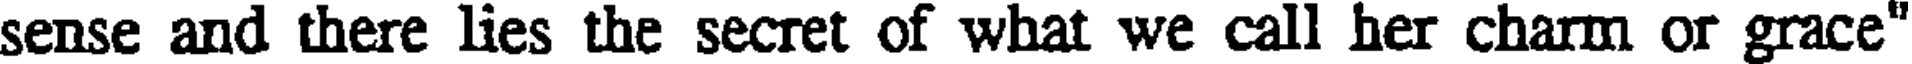
sense and there lies the secret of what we call her charm or grace"